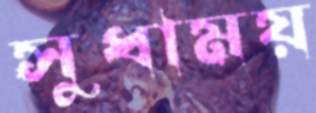
সুধাময়